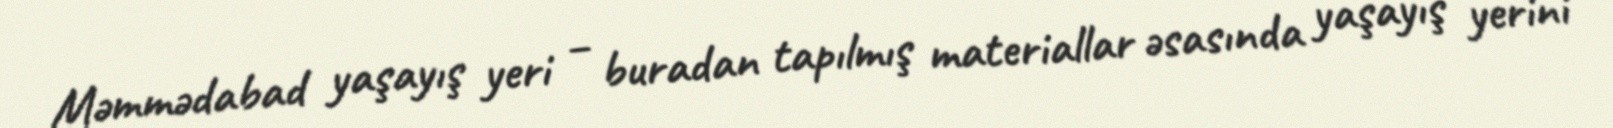
Məmmədabad yaşayış yeri – buradan tapılmış materiallar əsasında yaşayış yerini